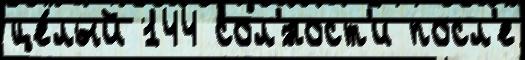
це́лый 144 сол'́ност'и посл'е